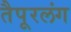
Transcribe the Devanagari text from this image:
तैपूरलंग